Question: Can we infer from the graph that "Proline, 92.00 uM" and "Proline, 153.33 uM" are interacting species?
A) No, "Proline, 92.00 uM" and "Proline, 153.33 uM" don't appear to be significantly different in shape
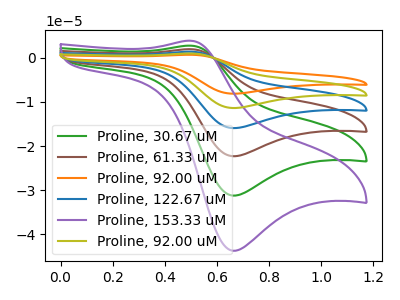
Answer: <think>The green curve "Proline, 30.67 uM" has an anodic peak at (0.50V, 2.80uA) and a cathodic peak at (0.65V, -31.25uA). The brown curve "Proline, 61.33 uM" has an anodic peak at (0.50V, 5.60uA) and a cathodic peak at (0.65V, -62.50uA). The orange curve "Proline, 92.00 uM" has an anodic peak at (0.50V, 13.95uA) and a cathodic peak at (0.65V, -156.30uA). The blue curve "Proline, 122.67 uM" has an anodic peak at (0.50V, 8.35uA) and a cathodic peak at (0.65V, -93.80uA). The purple curve "Proline, 153.33 uM" has an anodic peak at (0.50V, 3.90uA) and a cathodic peak at (0.65V, -43.80uA). The olive curve "Proline, 92.00 uM" has an anodic peak at (0.50V, 11.15uA) and a cathodic peak at (0.65V, -125.05uA).
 All the peaks in "Proline, 92.00 uM" have a peak in "Proline, 153.33 uM" at the same potential. Every peak in "Proline, 92.00 uM" is higher than every peak in "Proline, 153.33 uM".</think>
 <answer>A) No, "Proline, 92.00 uM" and "Proline, 153.33 uM" don't appear to be significantly different in shape</answer>
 <eval>A</eval>